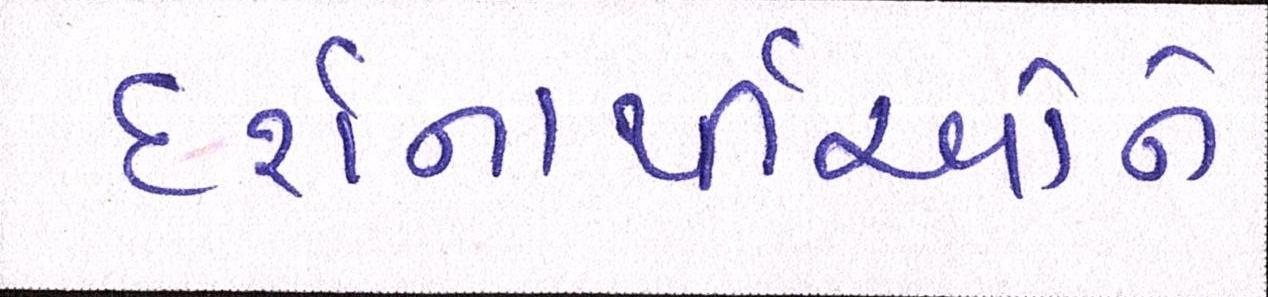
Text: દર્શનાર્થીઓને